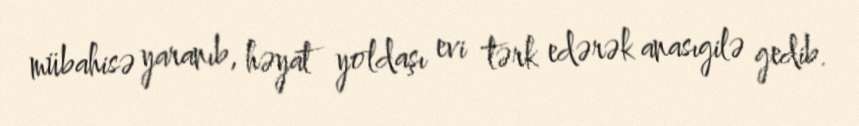
mübahisə yaranıb, həyat yoldaşı evi tərk edərək anasıgilə gedib.